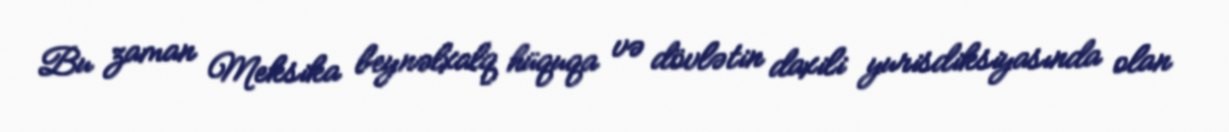
Bu zaman Meksika beynəlxalq hüquqa və dövlətin daxili yurisdiksiyasında olan